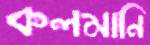
কলমানি